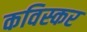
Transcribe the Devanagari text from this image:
कविस्कर